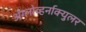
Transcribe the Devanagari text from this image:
अँग्लोव्हर्नाक्युलर